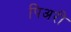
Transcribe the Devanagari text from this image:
पिअरी